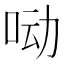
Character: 𰇖